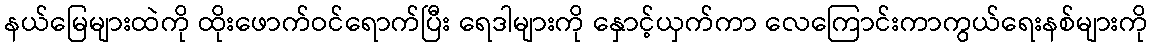
နယ်မြေများထဲကို ထိုးဖောက်ဝင်ရောက်ပြီး ရေဒါများကို နှောင့်ယှက်ကာ လေကြောင်းကာကွယ်ရေးနစ်များကို